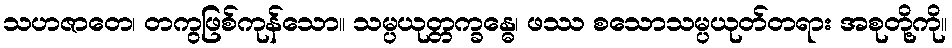
သဟဇာတေ၊ တကွဖြစ်ကုန်သော။ သမ္ပယုတ္တက္ခန္ဓေ၊ ဖဿ စသောသမ္ပယုတ်တရား အစုတို့ကို။